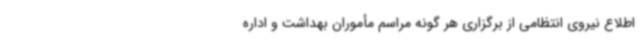
اطلاع نیروی انتظامی از برگزاری هر گونه مراسم مأموران بهداشت و اداره